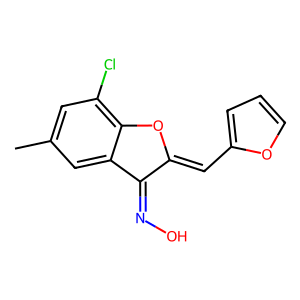
SMILES: Cc1cc(Cl)c2c(c1)C(=NO)C(=Cc1ccco1)O2
Inhibits HIV replication: No